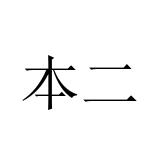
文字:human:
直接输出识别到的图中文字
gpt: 本二